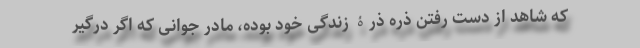
که شاهد از دست رفتن ذره ذرۀ زندگی خود بوده، مادر جوانی که اگر درگیر